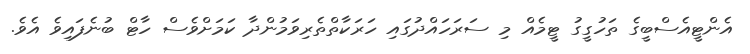
އެންޓީއެސްބީގެ ތަހުގީގު ޓީމެއް މި ސަރަހައްދުގައި ހަރަކާތްތެރިވަމުންދާ ކަމަށްވެސް ހާޓް ބުނެފައިވެ އެވެ.